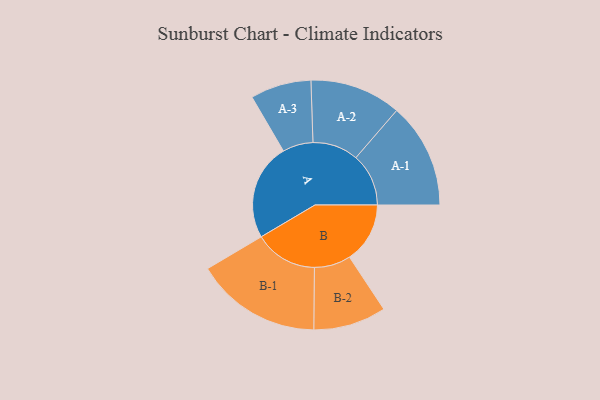
{"axis": {"x": "Segment", "y": "Value"}, "legend": ["", "A", "B"], "data": [{"x": "A", "y": 457, "type": ""}, {"x": "B", "y": 286, "type": ""}, {"x": "A-1", "y": 249, "type": "A"}, {"x": "A-2", "y": 216, "type": "A"}, {"x": "A-3", "y": 144, "type": "A"}, {"x": "B-1", "y": 298, "type": "B"}, {"x": "B-2", "y": 172, "type": "B"}]}